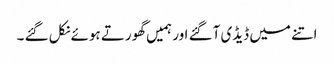
اتنے میں ڈیڈی آگئے اور ہمیں گھورتے ہوئے نکل گئے ۔